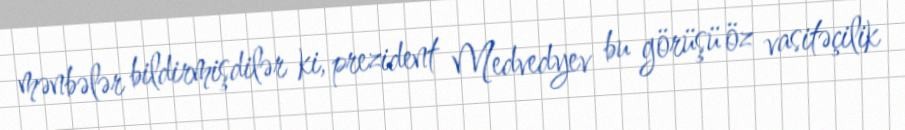
mənbələr bildirmişdilər ki, prezident Medvedyev bu görüşü öz vasitəçilik